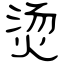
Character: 烫